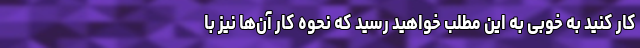
کار کنید به خوبی به این مطلب خواهید رسید که نحوه کار آن‌ها نیز با